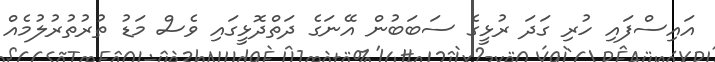
އައިސްފައި ހުރި ގަދަ ރުޅީގެ ސަބަބުން އޭނަގެ ދަތްދޮޅީގައި ވެސް މަޑު ތުރުތުރުލުމެއް